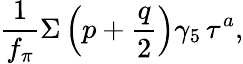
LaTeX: \frac{1}{f_{\pi}}\Sigma\left(p+\frac{q}{2}\right)\gamma_{5}\, \tau^{a},